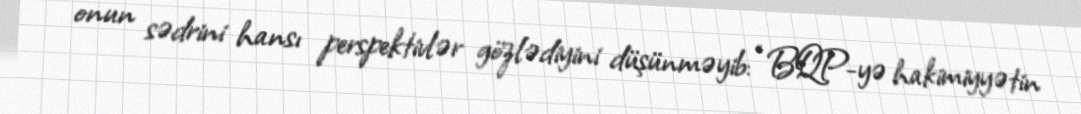
onun sədrini hansı perspektivlər gözlədiyini düşünməyib: “BQP-yə hakimiyyətin